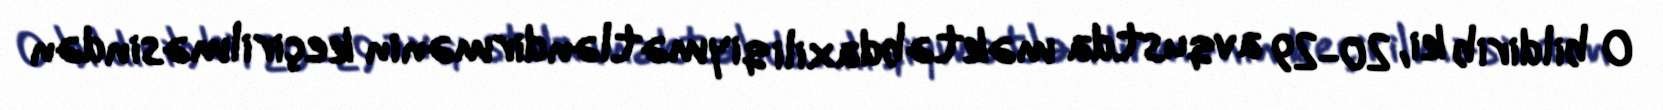
O bildirib ki, 20-29 avqustda məktəbdaxili qiymətləndirmənin keçirilməsindən